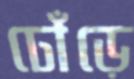
ঢোঁড়ে